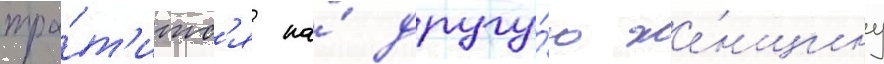
тра́т'итс'я на́ другу́ю же́нщину